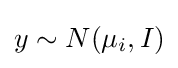
y\sim N(\mu _{i},I)